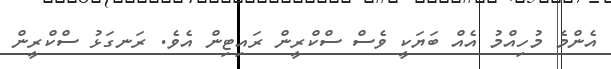
އެންމެ މުހިއްމު އެއް ބަޔަކީ ވެސް ސްކްރީން ރައިޓިން އެވެ. ރަނގަޅު ސްކްރީން